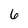
Character: 6